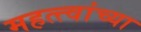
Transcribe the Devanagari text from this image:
महत्त्वांच्या